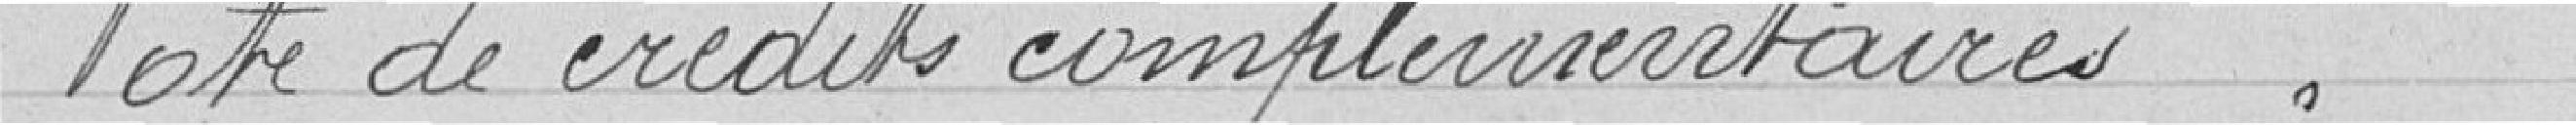
Vote de crédits complémentaires